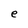
Character: e